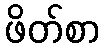
ဖိတ်စာ